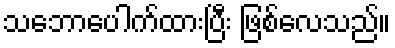
သဘောပေါက်ထားပြီး ဖြစ်လေသည်။